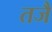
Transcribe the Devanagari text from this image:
तजै